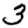
Digit: 3